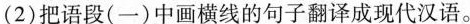
（2）把语段（一）中画横线的句子翻译成现代汉语。